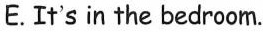
E.It's in the bedroom.